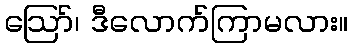
ဪ၊ ဒီလောက်ကြာမလား။